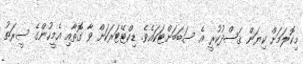
މިކޮލަމަށް ކިޔަން ޤަޞްދުކުރީ އެ ސަބަބަށްޓަކައެވެ. ޑިކްޓޭޓަރަކަށް ވާ ގޮތާއި އެމީހުންގެ ސީރަތު